Vaccination in the Punjab 1919-1929 - 1919-1929
Year: 1919
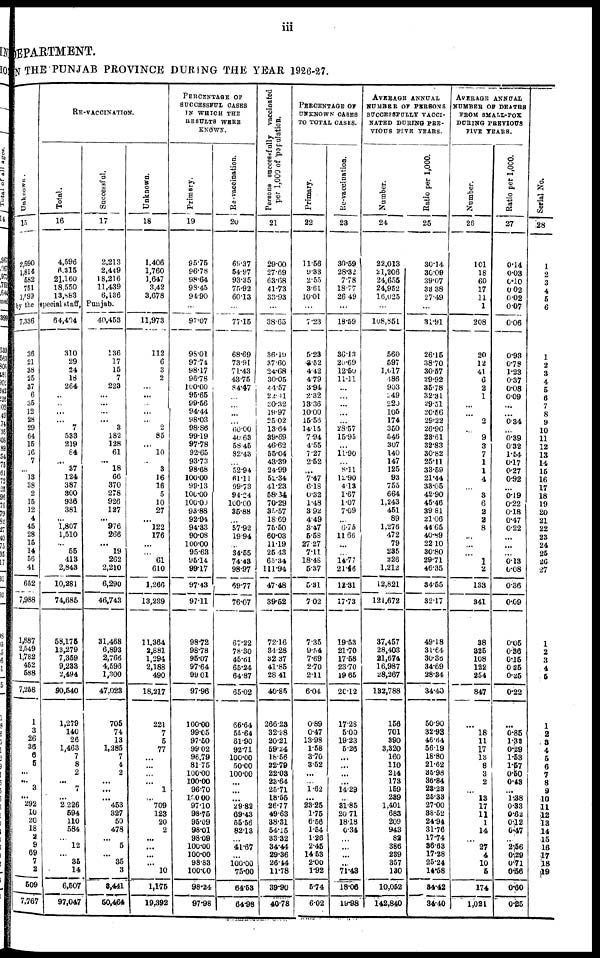
iii
DEPARTMENT.
IN THE PUNJAB PROVINCE DURING THE YEAR 1926-27.
Unknown.
15
2,590
1,814
582
751
1,599
RE-VACCINATION.
Total.
16
4,596
6,215
21,160
18,550
13,883
Successful.
17
2,213
2,449
18,216
11,439
6,136
by the special staff, Punjab.
7,336
36
21
38
25
37
6
35
12
28
29
64
15
16
7
...
13
38
2
15
12
4
45
28
15
14
56
41
652
7,988
1,887
2,549
1,782
452
588
7,258
1
3
26
36
6
5
...
...
3
...
292
10
20
18
2
9
69
7
2
509
7,767
64,404
310
29
24
18
264
...
...
...
...
7
533
219
84
...
37
124
387
300
936
381
...
1,807
1,510
...
55
413
2,843
10,281
74,685
58,175
13,279
7,359
9,233
2,494
90,540
1,279
140
26
1,463
7
8
2
...
7
...
2,226
594
110
584
...
12
...
35
14
6,507
97,047
40,453
136
17
15
7
223
...
...
...
...
3
182
128
61
...
18
66
370
278
926
127
...
976
266
...
19
262
2,210
6,290
46,743
31,468
6,893
2,766
4,593
1,300
47,023
705
74
13
1,285
7
4
2
...
...
...
453
327
50
478
...
5
...
35
3
3,441
50,464
Unknown.
18
1,406
1,760
1,647
3,42
3,678
...
11,973
112
6
3
2
...
...
...
...
...
2
85
...
10
...
3
16
16
5
10
27
...
122
176
...
...
61
610
1,266
13,239
11,364
2,881
1,294
2,188
490
18,217
221
7
5
77
...
...
...
...
1
...
709
123
20
2
...
...
...
...
10
1,175
19,392
PERCENTAGE OF
SUCCESSFUL CASES
IN WHICH THE
RESULTS WERE
KNOWN.
Primary.
19
95.75
96.78
98.64
98.45
94.90
...
97.07
98.01
97.74
98.17
96.78
100.00
95.65
99.56
94.44
98.03
98.86
99.19
97.78
92.65
93.73
98.68
100.00
99.13
100.00
100.00
93.88
92.94
94.33
90.08
100.00
95.63
95.14
99.17
97.43
97.11
98.72
98.78
95.07
97.64
99.01
97.96
100.00
99.05
97.50
99.02
96.79
81.75
100.00
100.00
96.70
100.00
97.10
98.75
95.09
98.01
98.09
100.00
100.00
98.83
100.00
98.24
97.98
Re-vaccination.
20
69.37
54.97
93.35
75.92
60.13
...
77.15
68.69
73.91
71.43
43.75
84.47
...
...
...
...
60.00
40.69
58.45
82.43
...
52.94
61.11
99.73
94.24
100.00
35.88
...
57.92
19.94
...
34.55
74.43
98.97
69.77
76.07
67.22
78.30
45.61
65.24
64.87
65.02
66.64
55.64
61.90
92.71
100.00
50.00
100.00
...
...
...
29.82
69.43
55.56
82.13
...
41.67
...
100.00
75.00
64.53
64.98
Persons successfully vaccinated
per 1,000 of population.
21
29.00
27.69
63.68
41.73
33.93
...
38.65
36.19
37.60
24.68
30.05
44.57
22.41 30.32
19.97
25.02
13.64
39.69
46.62
55.04
43.39
24.99
52.34
41.23
58.34
70.29
35.57
18.69
75.50
60.03
11.19
25.43
65.34
111.94
47.48
39.52
72.16
34.28
32.37
41.85
28.41
40.85
266.23
32.98
20.21
59.24
18.56
22.79
22.03
23.64
25.71
18.55
26.77
49.63
38.31
54.15
33.32
34.44
29.36
26.44
11.78
39.90
40.78
PERCENTAGE OF
UNKNOWN CASES
TO TOTAL CASES.
Primary.
22
11.56
9.33
2.55
3.61
10.01
...
7.23
5.23
3.52
4.42
4.79
3.94
2.32
13.36
10.00
15.56
14.15
7.94
4.55
7.27
2.52
...
7.47
6.18
0.32
1.48
3.92
4.49
3.47
5.58
27.27
7.11
18.48
5.37
5.31
7.02
7.36
9.54
7.69
2.70
2.11
6.04
0.89
0.47
13.98
1.58
3.70
3.52
...
...
1.62
...
23.25
1.75
6.56
1.54
1.26
2.45
14.53
2.00
1.92
5.74
6.02
Re-vaccination.
23
30.59
28.32
7.78
18.77
26.49
...
18.59
36.13
20.69
12.50
11.11
...
...
...
...
...
28.57
15.95
...
11.90
...
8.11
12.90
4.13
1.67
1.07
7.09
...
6.75
11.66
...
...
14.77
21.46
12.31
17.73
19.53
21.70
17.58
23.70
19.65
20.12
17.28
5.00
19.23
5.26
...
...
...
...
14.29
...
31.85
20.71
18.18
0.34
...
...
...
...
71.43
18.06
19.98
AVERAGE ANNUAL
NUMBER OF PERSONS
SUCCESSFULLY VACCI-
----- DURING PRE-
----- FIVE YEARS.
Number.
24
22,013
21,206
24,655
24,952
16,025
...
108,851
560
597
1,017
486
903
349
220
105
174
350
546
307
140
147
125
93
755
664
1,243
451
89
1,276
472
79
235
226
1,212
12,821
121,672
37,457
28,403
21,674
16,987
28,267
132,788
156
701
390
3,320
160
110
214
173
159
239
1,401
683
209
943
82
386
239
357
130
10,052
142,840
Ratio per 1,000.
25
30.14
30.09
39.07
33.38
27.49
...
31.91
26.15
38.70
30.57
29.92
36.78
32.31
29.51
20.56
29.22
26.96
23.61
32.83
30.82
25.11
33.59
21.44
33.05
42.90
45.46
39.81
21.06
44.65
40.89
22.10
30.80
29.71
46.35
34.55
32.17
49.18
31.64
30.36
34.69
28.34
34.40
50.90
32.93
46.64
56.19
18.80
21.62
35.98
36.84
23.23
25.33
27.00
38.52
24.94
31.76
17.74
36.63
17.28
25.24
14.58
34.42
34.40
AVERAGE ANNUAL
NUMBER OF DEATHS
FROM SMALL-POX
DURING PREVIOUS
FIVE YEARS.
Number.
26
101
18
60
17
11
1
208
20
12
41
6
2
1
...
...
2
...
9
3
7
1
1
4
...
3
6
2
2
8
...
...
...
1
2
133
341
38
325
108
122
254
847
...
18
11
17
13
8
3
2
...
13
17
11
1
14
...
27
4
10
5
174
1,021
Ratio per 1,000.
27
0.14
0.03
0.10
0.02
0.02
0.07
0.06
0.93
0.78
1.23
0.37
0.08
0.09
...
...
0.34
...
0.39
0.32
1.54
0.17
0.27
0.92
...
0.19
0.22
0.18
0.47
0.22
...
...
...
0.13
0.08
0.36
0.09
0.05
0.36
0.15
0.25
0.25
0.22
...
0.85
1.32
0.29
1.53
1.57
0.50
0.43
...
1.38
0.33
0.62
0.12
0.47
...
2.56
0.29
0.71
0.56
0.60
0.25
Serial No.
28
1
2
3
4
5
6
1
2
3
4
5
6
7
8
9
10
11
12
13
14
15
16
17
18
19
20
21
22
23
24
25
26
27
1
2
3
4
5
1
2
3
4
5
6
7
8
9
10
11
12
13
14
15
16
17
18
19